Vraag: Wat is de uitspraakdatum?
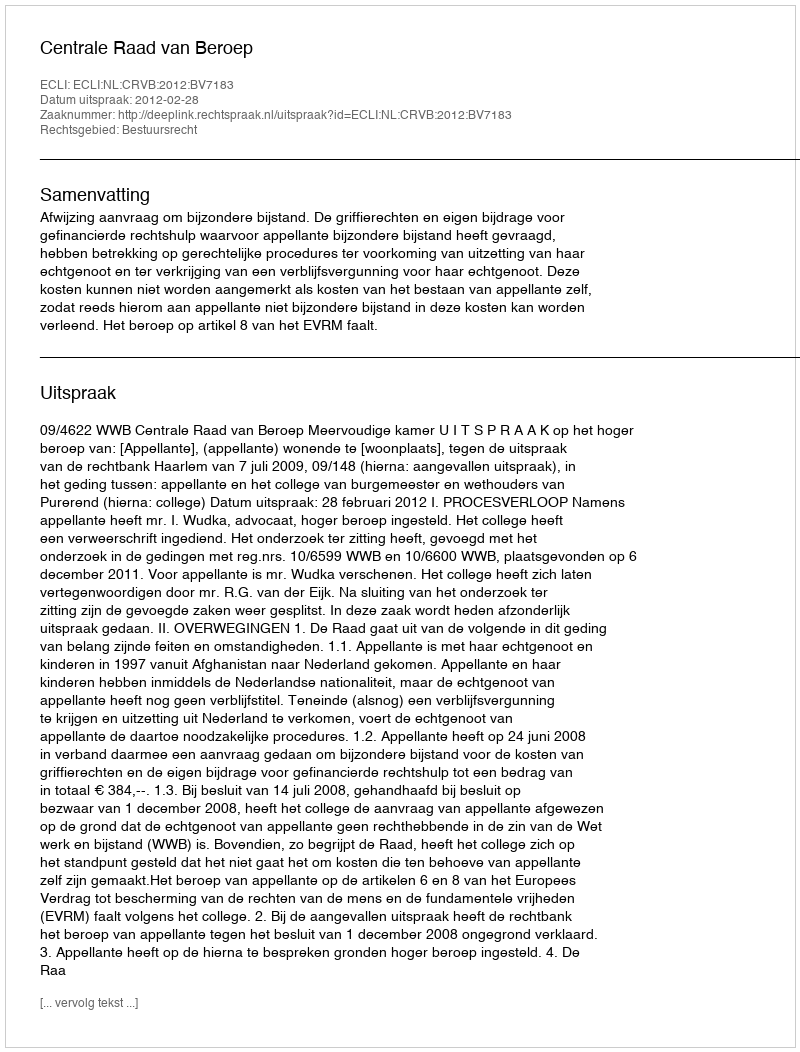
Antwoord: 2012-02-28